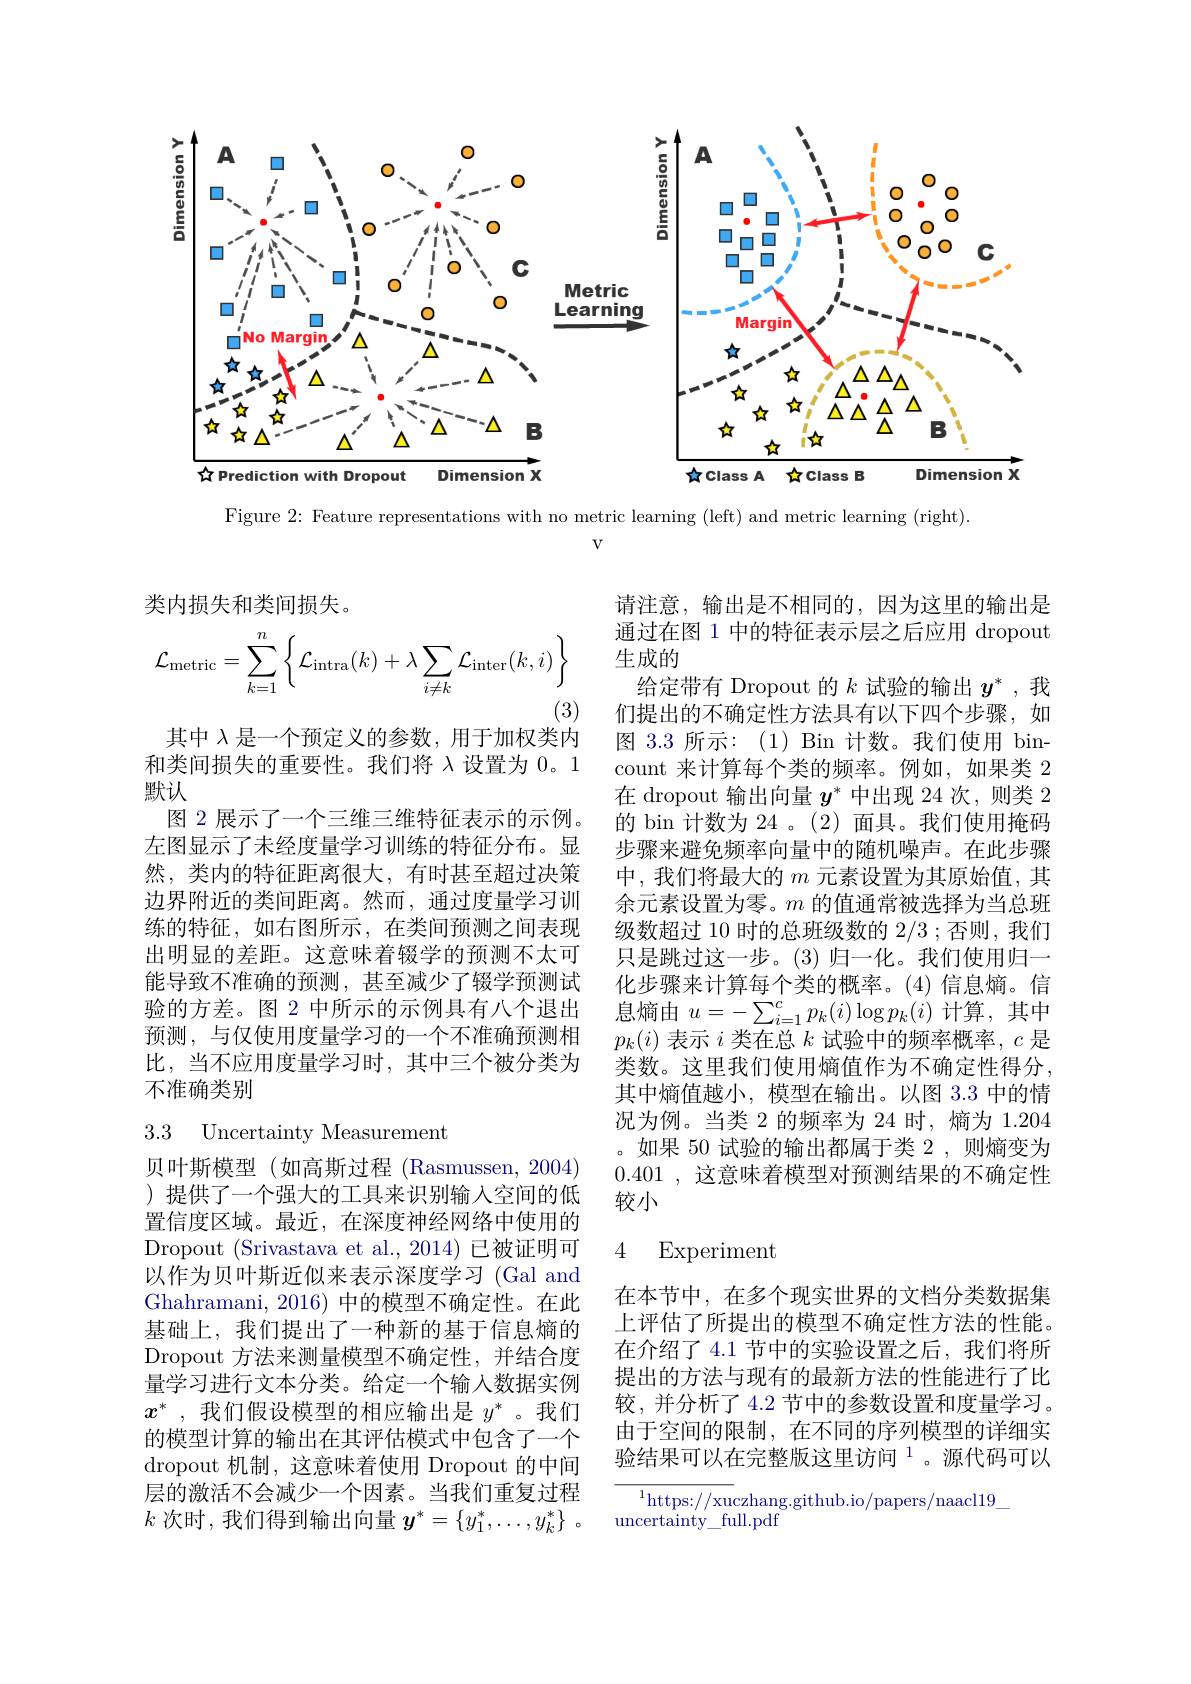
<FigureHere>

Figure 2{:} Feature representations with no metric learning (left) and metric learning (right).
$V$

类内损失和类间损失。
$$\mathcal{L}_{\mathrm{metric}}=\sum_{k=1}^{n}\left\{\mathcal{L}_{\mathrm{intra}}(k)+\lambda\sum_{i\neq k}\mathcal{L}_{\mathrm{inter}}(k,i)\right\}$$
(3)

其中$\lambda$是一个预定义的参数，用于加权类内

请注意，输出是不相同的，因为这里的输出是通过在图 1 中的特征表示层之后应用 dropout 生成的
给定带有 Dropout 的$k$试验的输出$y^*$ ,我们提出的不确定性方法具有以下四个步骤，如图 3.3 所示：(1) Bin 计数。我们使用 bincount 来计算每个类的频率。例如，如果类 2在 dropout 输出向量$y^*$中出现 24 次，则类 2的 bin 计数为 24 。(2) 面具。我们使用掩码步骤来避免频率向量中的随机噪声。在此步骤中，我们将最大的$m$元素设置为其原始值，其余元素设置为零。$m$的值通常被选择为当总班级数超过 10 时的总班级数的 2/3 ;否则 , 我们只是跳过这一步。(3)归一化。我们使用归一化步骤来计算每个类的概率。(4)信息熵。信息熵由$u=-\sum_{i=1}^{c}p_{k}(i)\log p_{k}(i)$计算，其中$p_k(i)$表示$i$类在总$k$试验中的频率概率，$c$是类数。这里我们使用熵值作为不确定性得分， 其中熵值越小，模型在输出。以图 3.3 中的情况为例。当类 2 的频率为 24 时，熵为 1.204 。如果 50 试验的输出都属于类 2 ,则熵变为0.401,这意味着模型对预测结果的不确定性较小

和类间损失的重要性。我们将$\lambda$设置为 0。1
默认
图 2 展示了一个三维三维特征表示的示例。左图显示了未经度量学习训练的特征分布。显然，类内的特征距离很大，有时甚至超过决策边界附近的类间距离。然而，通过度量学习训练的特征，如右图所示，在类间预测之间表现出明显的差距。这意味着辍学的预测不太可能导致不准确的预测，甚至减少了辍学预测试验的方差。图 2 中所示的示例具有八个退出预测，与仅使用度量学习的一个不准确预测相比，当不应用度量学习时，其中三个被分类为不准确类别

3.3 Uncertainty Measurement

### 4 Experiment

贝叶斯模型(如高斯过程(Rasmussen,2004) )提供了一个强大的工具来识别输入空间的低置信度区域。最近，在深度神经网络中使用的Dropout (Srivastava et al.,2014) 已被证明可以作为贝叶斯近似来表示深度学习 (Gal and Ghahramani, 2016) 中的模型不确定性。在此基础上，我们提出了一种新的基于信息熵的Dropout 方法来测量模型不确定性，并结合度量学习进行文本分类。给定一个输入数据实例$x^*$ ,我们假设模型的相应输出是$y^*$ 。我们的模型计算的输出在其评估模式中包含了一个dropout 机制，这意味着使用 Dropout 的中间层的激活不会减少一个因素。当我们重复过程$k$次时，我们得到输出向量$y^* = \{ y_1^* , \ldots , y_k^* \}$ .

在本节中，在多个现实世界的文档分类数据集上评估了所提出的模型不确定性方法的性能。在介绍了 4.1 节中的实验设置之后，我们将所提出的方法与现有的最新方法的性能进行了比较，并分析了 4.2 节中的参数设置和度量学习。由于空间的限制，在不同的序列模型的详细实验结果可以在完整版这里访问$^{1}$。源代码可以

$^{1}$https://xuczhang.github.io/papers/naacl19
uncertainty\_full.pdf